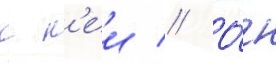
к н'еи // О́н